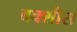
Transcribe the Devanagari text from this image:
बक्शीस